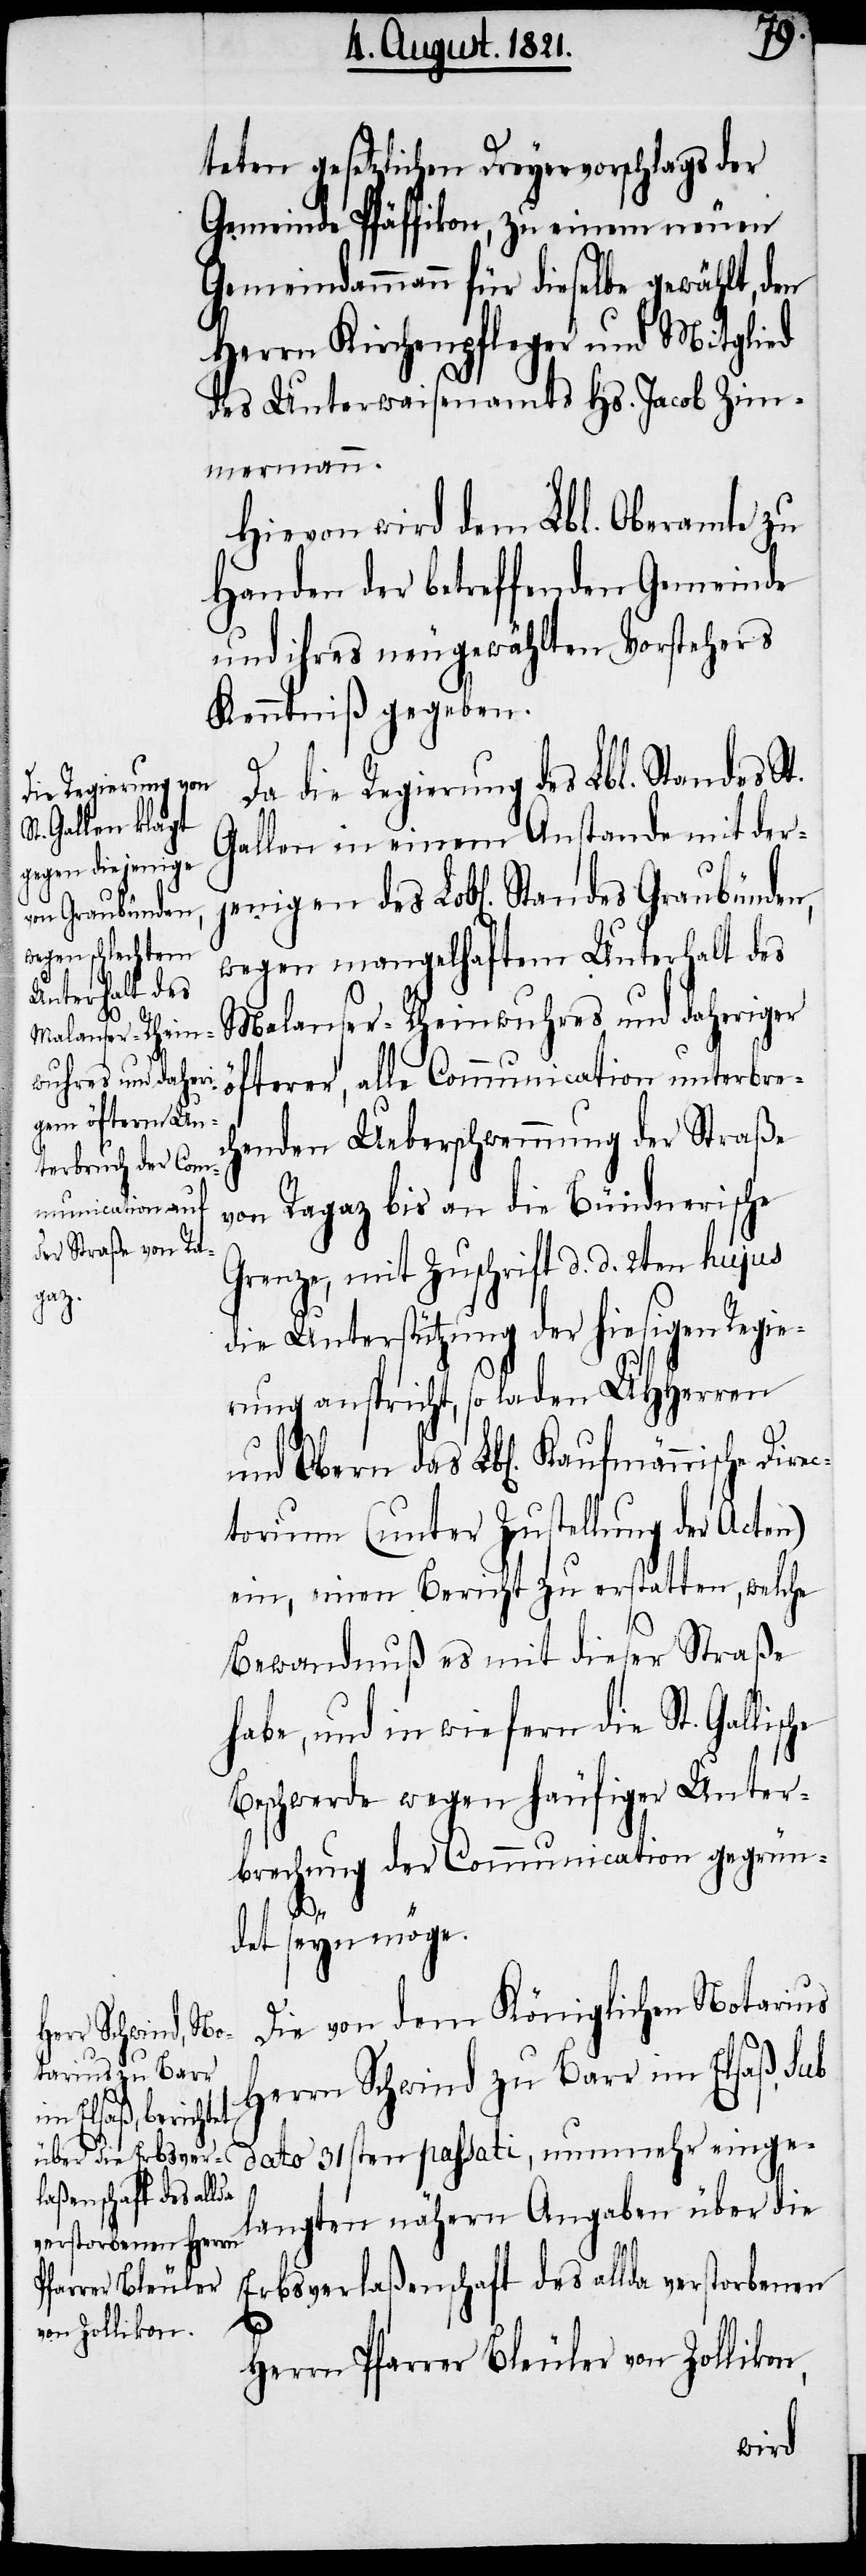
es Graubünden,
Stand¬

teten gesetzlichen Dreyervorschlags der
Gemeinde Pfäffikon, zu einem neuen
Gemeindammann für dieselbe gewählt, den
Herrn Kirchenpfleger und Mitglied
des Unterwaisenamts Hs. Jacob Zim¬
mermann.
Hievon wird dem Lbl. Oberamte zu
Handen der betreffenden Gemeinde
und ihres neugewählten Vorstehers
Kenntniß gegeben.
Da die Regierung des Lbl. Standes St.
Gallen in einem Anstand mit der¬
wegen mangelhaftem Unterhalt des
Malanser-Rheinwuhres und daheriger
öfterer, alle Communication unterbre¬
chenden Ueberschwemmung der Straße
von Ragaz bis an die Bündnerische
Grenze, mit Zuschrift d. d. 2ten hujus
die Unterstützung der hiesigen Regie¬
rung anspricht, so laden UHHerren
ctorium (unter Zustellung der Acten)
ein, einen Bericht zu erstatten, welche
Bewandnuß es mit dieser Straße
habe, und in wiefern die St. Gallische
Beschwerde wegen häufiger Unter¬
brechung der Communication gegrün¬
en
Dire¬
det seyn möge.
Die von dem Königlichen Notarius
Herrn Schwind zu Barr im Elsass,
dato 31sten passati, nunmehr einge¬
langten nähern Angaben über die
Erbsverlaßenschaft des allda verstorbenen
Herrn Pfarrer Bleuler von Zollikon,